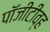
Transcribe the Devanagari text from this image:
पॉजीटीव्ह